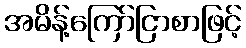
အမိန့်ကြော်ငြာစာဖြင့်